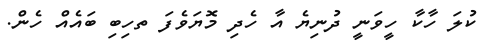
ކުލަ ހާކާ ހީވަނީ ދުނިޔެ އާ ހެދި މޮޔަވެފަ ތހިބި ބައެއް ހެން.